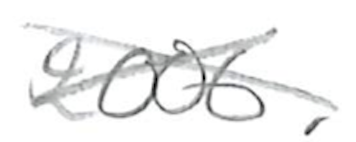
Text: 2006.
Cross-out: cross
Writing tool: pencil